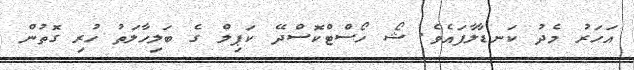
އަހަރު މެދު ކަނޑާލާފައެވެ. ޝޯ ހޯސްޓްކޮސްދޭ ކަޕިލް ގެ ބަލިހާލަތު ހުރި ގޮތުން